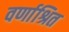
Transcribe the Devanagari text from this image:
वर्णाश्रित